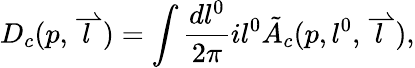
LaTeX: D_{c}(p,\stackrel{\rightharpoonup}{l})=\int\frac{dl^{0}}{2\pi}il^{0}\tilde{A}_{c}(p,l^{0},\stackrel{\rightharpoonup}{l}),